[Report on the health of British troops in the Madras command]
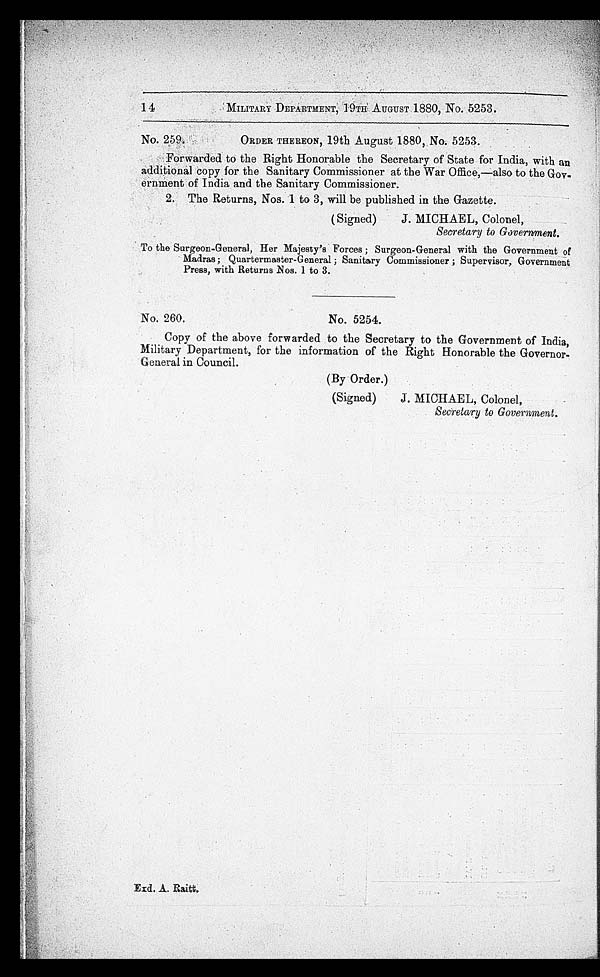
14
MILITARY DEPARTMENT, 19TH AUGUST 1880, No. 5253.
No. 259.
ORDER THEREON, 19th August 1880, No. 5253.
Forwarded to the Right Honorable the Secretary of State for India, with an
additional copy for the Sanitary Commissioner at the War Office,—also to the Gov-
ernment of India and the Sanitary Commissioner.
2. The Returns, Nos. 1 to 3, will be published in the Gazette.
(Signed)
J. MICHAEL, Colonel,
Secretary to Government.
To the Surgeon-General, Her Majesty's Forces ; Surgeon-General with the Government of
Madras; Quartermaster-General ; Sanitary Commissioner ; Supervisor, Government
Press, with Returns Nos. 1 to 3.
No. 260.
No. 5254.
Copy of the above forwarded to the Secretary to the Government of India,
Military Department, for the information of the Right Honorable the Governor-
General in Council.
(By Order.)
(Signed)
J. MICHAEL, Colonel,
Secretary to Government.
Exd. A. Raitt.